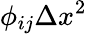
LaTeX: \phi_{ij}\Delta x^{2}